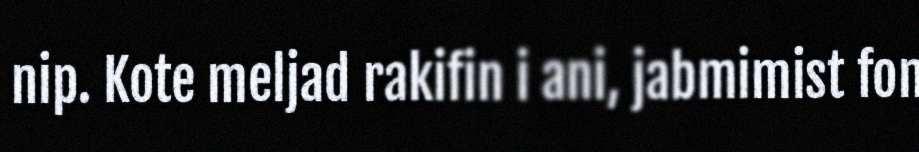
nip. Kote meljad rakifin i ani, jabmimist fon